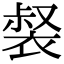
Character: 裻